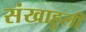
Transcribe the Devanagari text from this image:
संखाहुली